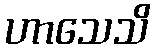
ဟာသေသိ